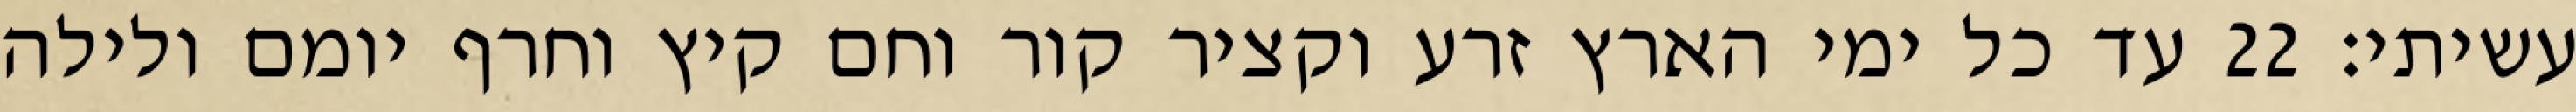
עשיתי׃ ‎22‏ עד כל ימי הארץ זרע וקציר קור וחם קיץ וחרף יומם ולילה